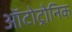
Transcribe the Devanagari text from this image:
ऑटोट्रोनिक